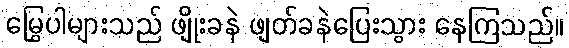
မြွှေပါများသည် ဖျိုးခနဲ ဖျတ်ခနဲပြေးသွား နေကြသည်။